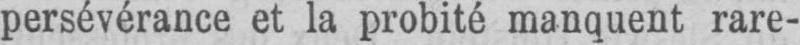
persévérance et la probité manquent rare-